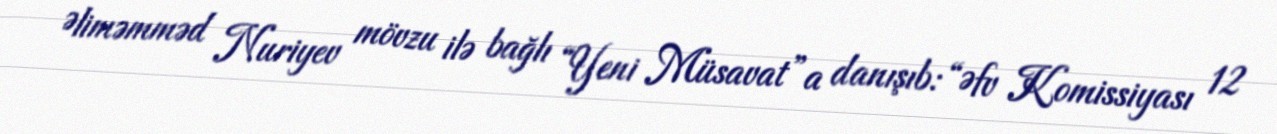
Əliməmməd Nuriyev mövzu ilə bağlı “Yeni Müsavat”a danışıb: “Əfv Komissiyası 12